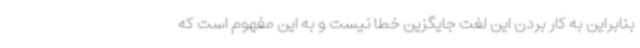
بنابراین به کار بردن این لغت جایگزین خطا نیست و به این مفهوم است که